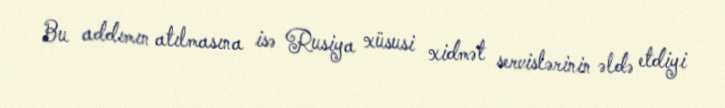
Bu addımın atılmasına isə Rusiya xüsusi xidmət servislərinin əldə etdiyi